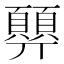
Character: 顨